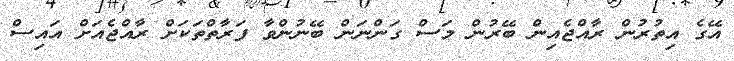
އޭގެ އިތުރުން ރާއްޖެއިން ބޭރުން މަސް ގަންނަން ބޭނުންވާ ފަރާތްތަކަށް ރާއްޖެއަށް އައިސް